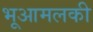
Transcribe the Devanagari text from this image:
भूआमलकी